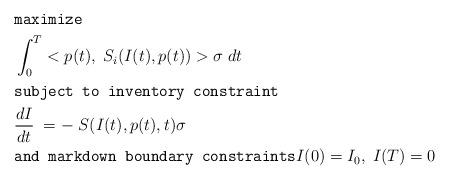
LaTeX: \begin{align*}&\texttt{maximize} \\&\int_{0}^{T} <p(t), \; S_i(I(t),p(t))> \sigma \; dt \\&\texttt{subject to inventory constraint} \\ &\frac{ dI } {dt} \; = - \; S(I(t),p(t), t) \sigma \\& \texttt{and markdown boundary constraints} I(0) = I_0, \; I(T) = 0 \end{align*}